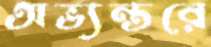
অভ্যন্তরে